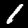
Label: 1